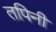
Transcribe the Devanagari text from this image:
तपिनी